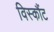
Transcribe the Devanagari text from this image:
विस्कौंट